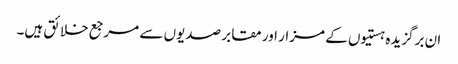
ان برگزیدہ ہستیوں کے مزار اور مقابر صدیوں سے مرجع خلائق ہیں۔